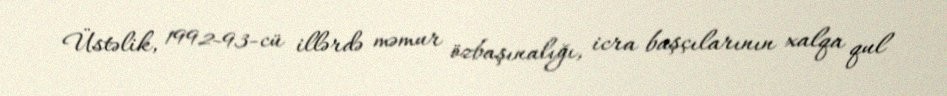
Üstəlik, 1992-93-cü illərdə məmur özbaşınalığı, icra başçılarının xalqa qul